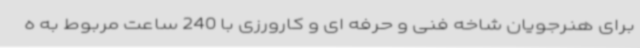
برای هنرجویان شاخه فنی و حرفه ای و کارورزی با 240 ساعت مربوط به ه